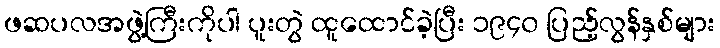
ဖဆပလအဖွဲ့ကြီးကိုပါ ပူးတွဲ ထူထောင်ခဲ့ပြီး ၁၉၄၀ ပြည့်လွန်နှစ်များ